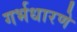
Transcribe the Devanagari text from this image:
गर्भधारणे